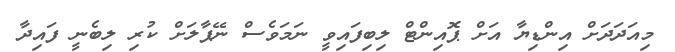
މިއަދަދަށް އިންޑިޔާ އަށް ޕޮއިންޓް ލިބިފައިވީ ނަމަވެސް ނޭޕާލަށް ކުރި ލިބެނީ ފައިދާ